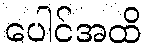
ပေါင်အထိ